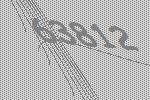
63812